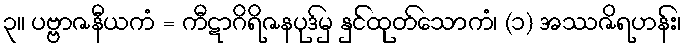
၃။ ပဗ္ဗာဇနီယကံ = ကီဋာဂိရိဇနပုဒ်မှ နှင်ထုတ်သောကံ၊ (၁) အဿဇိရဟန်း၊